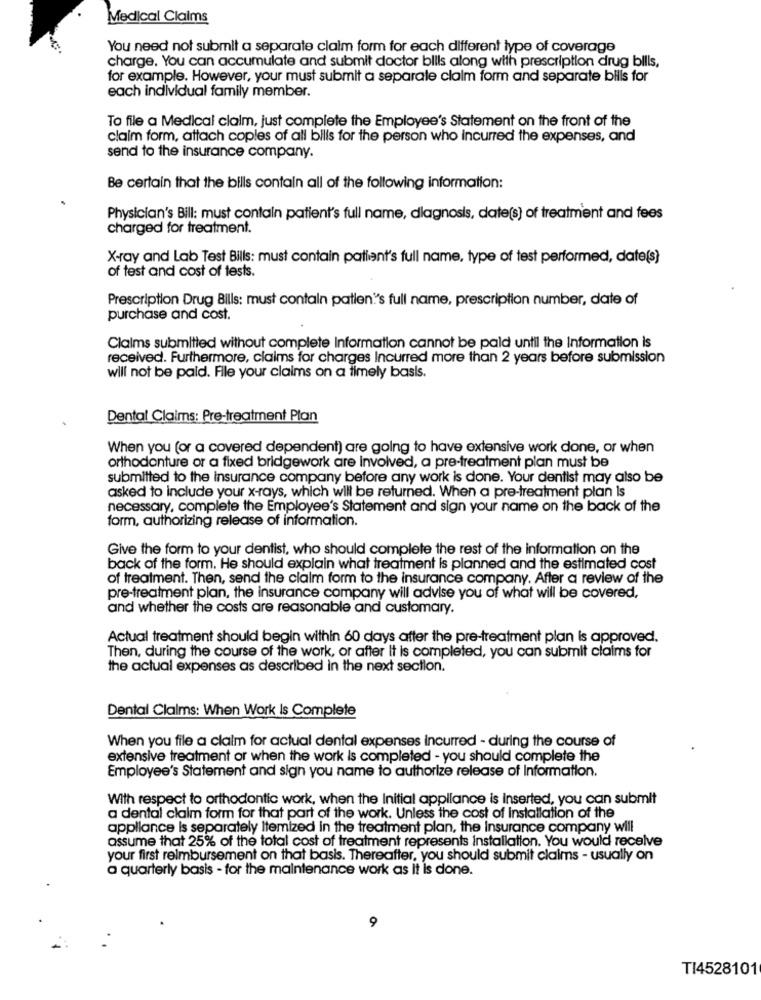
Medical Claims
You need not submit a separate claim form for each different type of coverage
charge. You can accumulate and submit doctor bills along with prescription drug bills,
for example. However, your must submit a separate claim form and separate bills for
each individual family member.
To file a Medical claim, just complete the Employee's Statement on the front of the
claim form, attach copies of all bills for the person who incurred the expenses, and
send to the insurance company.
Be certain that the bills contain all of the following information:
Physician's Bill: must contain patient's full name, diagnosis, date(s) of treatment and fees
charged for treatment.
X-ray and Lab Test Bills: must contain patient's full name, type of test performed, date(s)
of test and cost of tests.
Prescription Drug Bills: must contain patien's full name, prescription number, date of
purchase and cost.
Claims submitted without complete Information cannot be paid until the Information is
received. Furthermore, claims for charges Incurred more than 2 years before submission
will not be paid. File your claims on a timely basis.
Dental Claims: Pre-treatment Plan
When you (or a covered dependent) are going to have extensive work done, or when
orthodonture or a fixed bridgework are involved, a pre-treatment plan must be
submitted to the insurance company before any work is done. Your dentist may also be
asked to include your x-rays, which will be returned. When a pre-treatment plan is
necessary, complete the Employee's Statement and sign your name on the back of the
form, authorizing release of information.
Give the form to your dentist, who should complete the rest of the information on the
back of the form. He should explain what treatment is planned and the estimated cost
of treatment. Then, send the claim form to the insurance company. After a review of the
pre-treatment plan, the insurance company will advise you of what will be covered,
and whether the costs are reasonable and customary.
Actual treatment should begin within 60 days after the pre-treatment plan is approved.
Then, during the course of the work, or after It is completed, you can submit claims for
the actual expenses as described in the next section.
Dental Claims: When Work Is Complete
When you file a claim for actual dental expenses incurred - during the course of
extensive treatment or when the work is completed - you should complete the
Employee's Statement and sign you name to authorize release of Information.
With respect to orthodontic work, when the Initial appliance is inserted, you can submit
a dental claim form for that part of the work. Unless the cost of installation of the
appliance is separately Itemized in the treatment plan, the insurance company will
assume that 25% of the total cost of treatment represents installation. You would receive
your first reimbursement on that basis. Thereafter, you should submit claims - usually on
a quarterly basis - for the maintenance work as It is done.
9
TI4528101